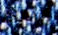
إسقاط